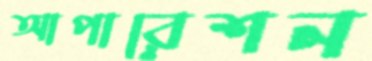
আপারেশন